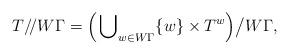
LaTeX: \begin{align*}T /\!/ W\Gamma = \Big( \bigcup\nolimits_{w \in W \Gamma} \{w\} \times T^w \Big) \big/ W \Gamma ,\end{align*}